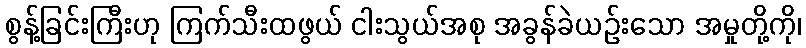
စွန့်ခြင်းကြီးဟု ကြက်သီးထဖွယ် ငါးသွယ်အစု အခွန်ခဲယဉ်းသော အမှုတို့ကို၊